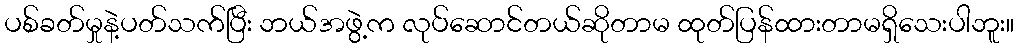
ပစ်ခတ်မှုနဲ့ပတ်သက်ပြီး ဘယ်အဖွဲ့က လုပ်ဆောင်တယ်ဆိုတာမ ထုတ်ပြန်ထားတာမရှိသေးပါဘူး။